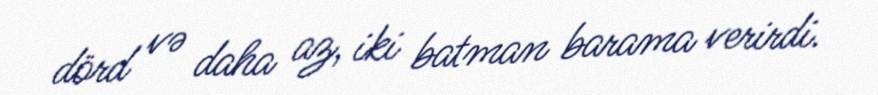
dörd və daha az, iki batman barama verirdi.